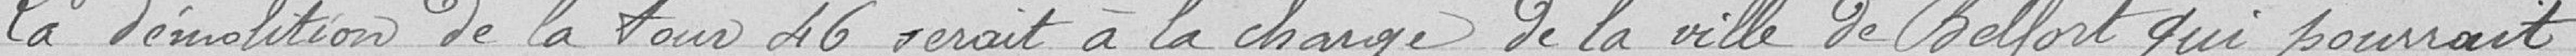
La démolition de la tour 46 serait à la charge de la ville de Belfort qui pourrait